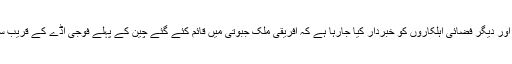
غیر ملکی میڈیا کے مطابق امریکی فوج کی جانب سے اپنے پائلٹوں اور دیگر فضائی اہلکاروں کو خبردار کیا جارہا ہے کہ افریقی ملک جبوتی میں قائم کئے گئے چین کے پہلے فوجی اڈے کے قریب سے گزرتے ہوئے ہوشیار رہیں کیونکہ ان پر لیزر حملہ ہو سکتا ہے۔